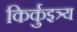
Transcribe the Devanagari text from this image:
किर्कुइत्र्य